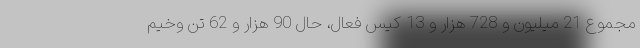
مجموع 21 میلیون و 728 هزار و 13 کیس فعال، حال 90 هزار و 62 تن وخیم